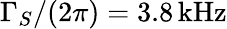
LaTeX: \Gamma_{S}/(2\pi)=3.8\, \mathrm{kHz}